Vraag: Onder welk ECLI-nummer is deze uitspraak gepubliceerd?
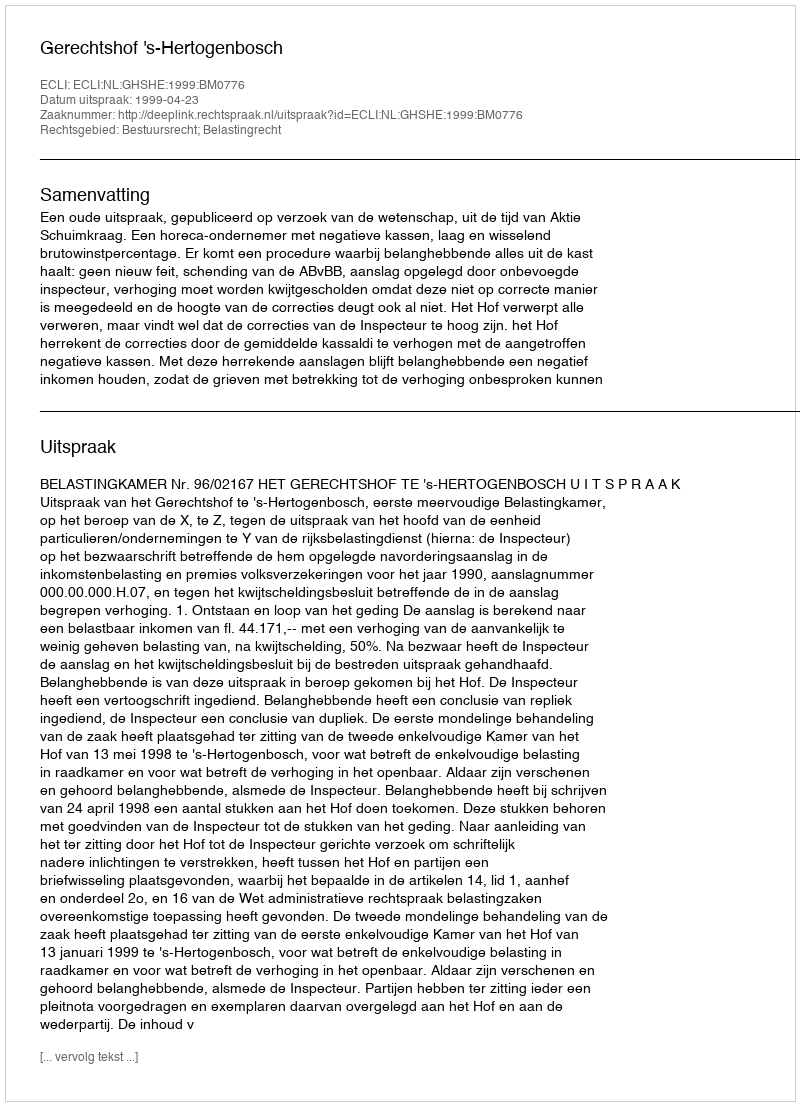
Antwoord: ECLI:NL:GHSHE:1999:BM0776